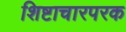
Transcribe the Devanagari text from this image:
शिष्टाचारपरक